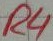
Text: R4